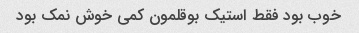
خوب بود فقط استیک بوقلمون کمی خوش نمک بود